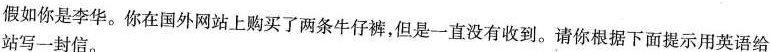
假如你是李华。你在国外网站上购买了两条牛仔裤，但是一直没有收到。请你根据下面提示用英语给